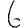
Digit: 6